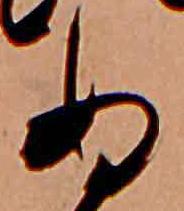
ぬ